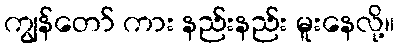
ကျွန်တော် ကား နည်းနည်း မူးနေလို့။